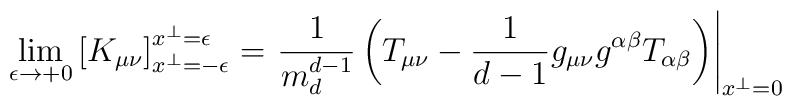
\lim_{\epsilon\to +0}\left[K_{\mu\nu}\right]_{x^\perp =-\epsilon}^{x^\perp =\epsilon}=\left.\frac{1}{m_d^{d-1}}\left(T_{\mu\nu}-\frac{1}{d-1}g_{\mu\nu}g^{\alpha\beta}T_{\alpha\beta}\right)\right|_{x^\perp =0}